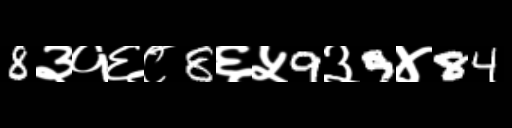
Text: 8३१६८8६५9३9४84